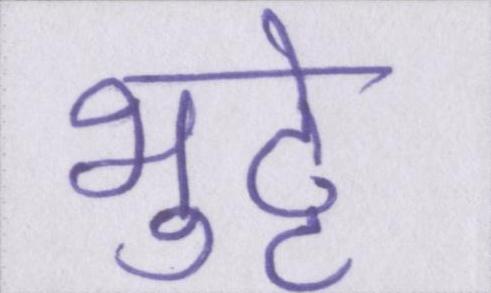
भुट्टे